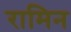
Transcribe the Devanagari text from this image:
रामिन